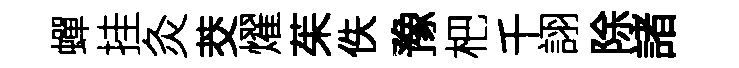
蟬挂灸茭燿茱佚豫杷千詡除諸